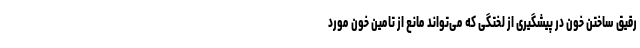
رقیق ساختن خون در پیشگیری از لختگی که می‌تواند مانع از تامین خون مورد